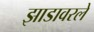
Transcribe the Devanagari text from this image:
झाडावरले